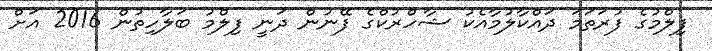
ފިލްމުގެ ފުރަތަމަ ދައްކާލުމާއެކު ޝާހްރުކްގެ ފޭނުން ދަނީ ފިލްމު ބަލާހިތުން 2016 އަށް